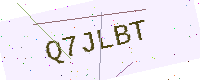
Text: Q7JLBT